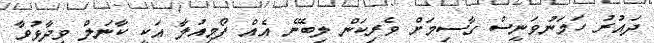
ދައުރު ހަމަނުވަނީސް ގާސިމަށް ވެރިކަން ލިބޭނެ އެއް ފޯމިއުލާ އަކީ ކާނަލް ވިދާޅުވާ